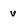
Character: v